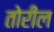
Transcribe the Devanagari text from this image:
तोरील